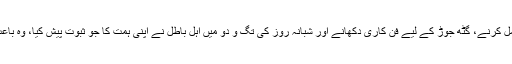
سازشوں کے رچنے، بلاک بندیوں کا عمل کرنے، گٹھ جوڑ کے لیے فن کاری دکھانے اور شبانہ روز کی تگ و دو میں اہل باطل نے اپنی ہمت کا جو ثبوت پیش کیا، وہ باعثِ عبرت بھی ہے اور جائے حیرت بھی۔